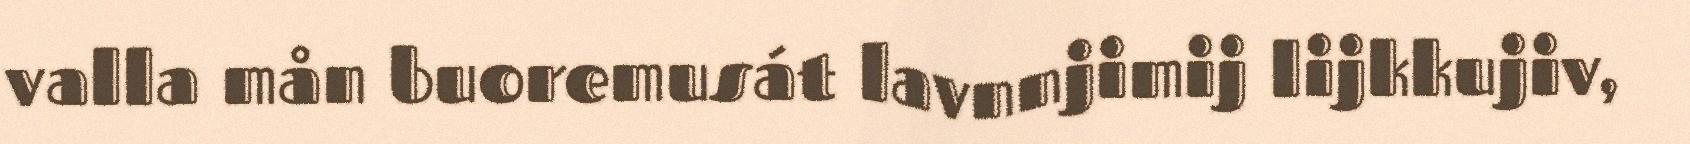
valla mån buoremusát lavnnjimij lijkkujiv,